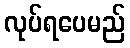
လုပ်ရပေမည်